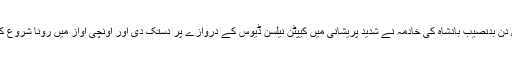
آخری دن بدنصیب بادشاہ کی خادمہ نے شدید پریشانی میں کیپٹن نیلسن ڈیوس کے دروازے پر دستک دی اور اونچی آواز میں رونا شروع کر دیا۔